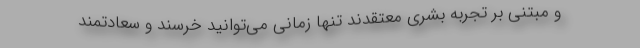
و مبتنی بر تجربه بشری معتقدند تنها زمانی می‌توانید خرسند و سعادتمند